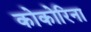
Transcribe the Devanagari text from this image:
कोकोरिना